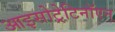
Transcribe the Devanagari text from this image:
आइसोट्रेटिनॉएन